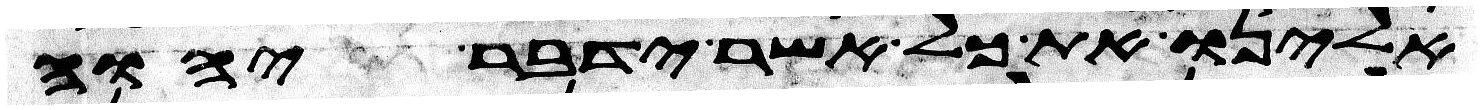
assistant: אלינו את כל אשר ידבר יהוה